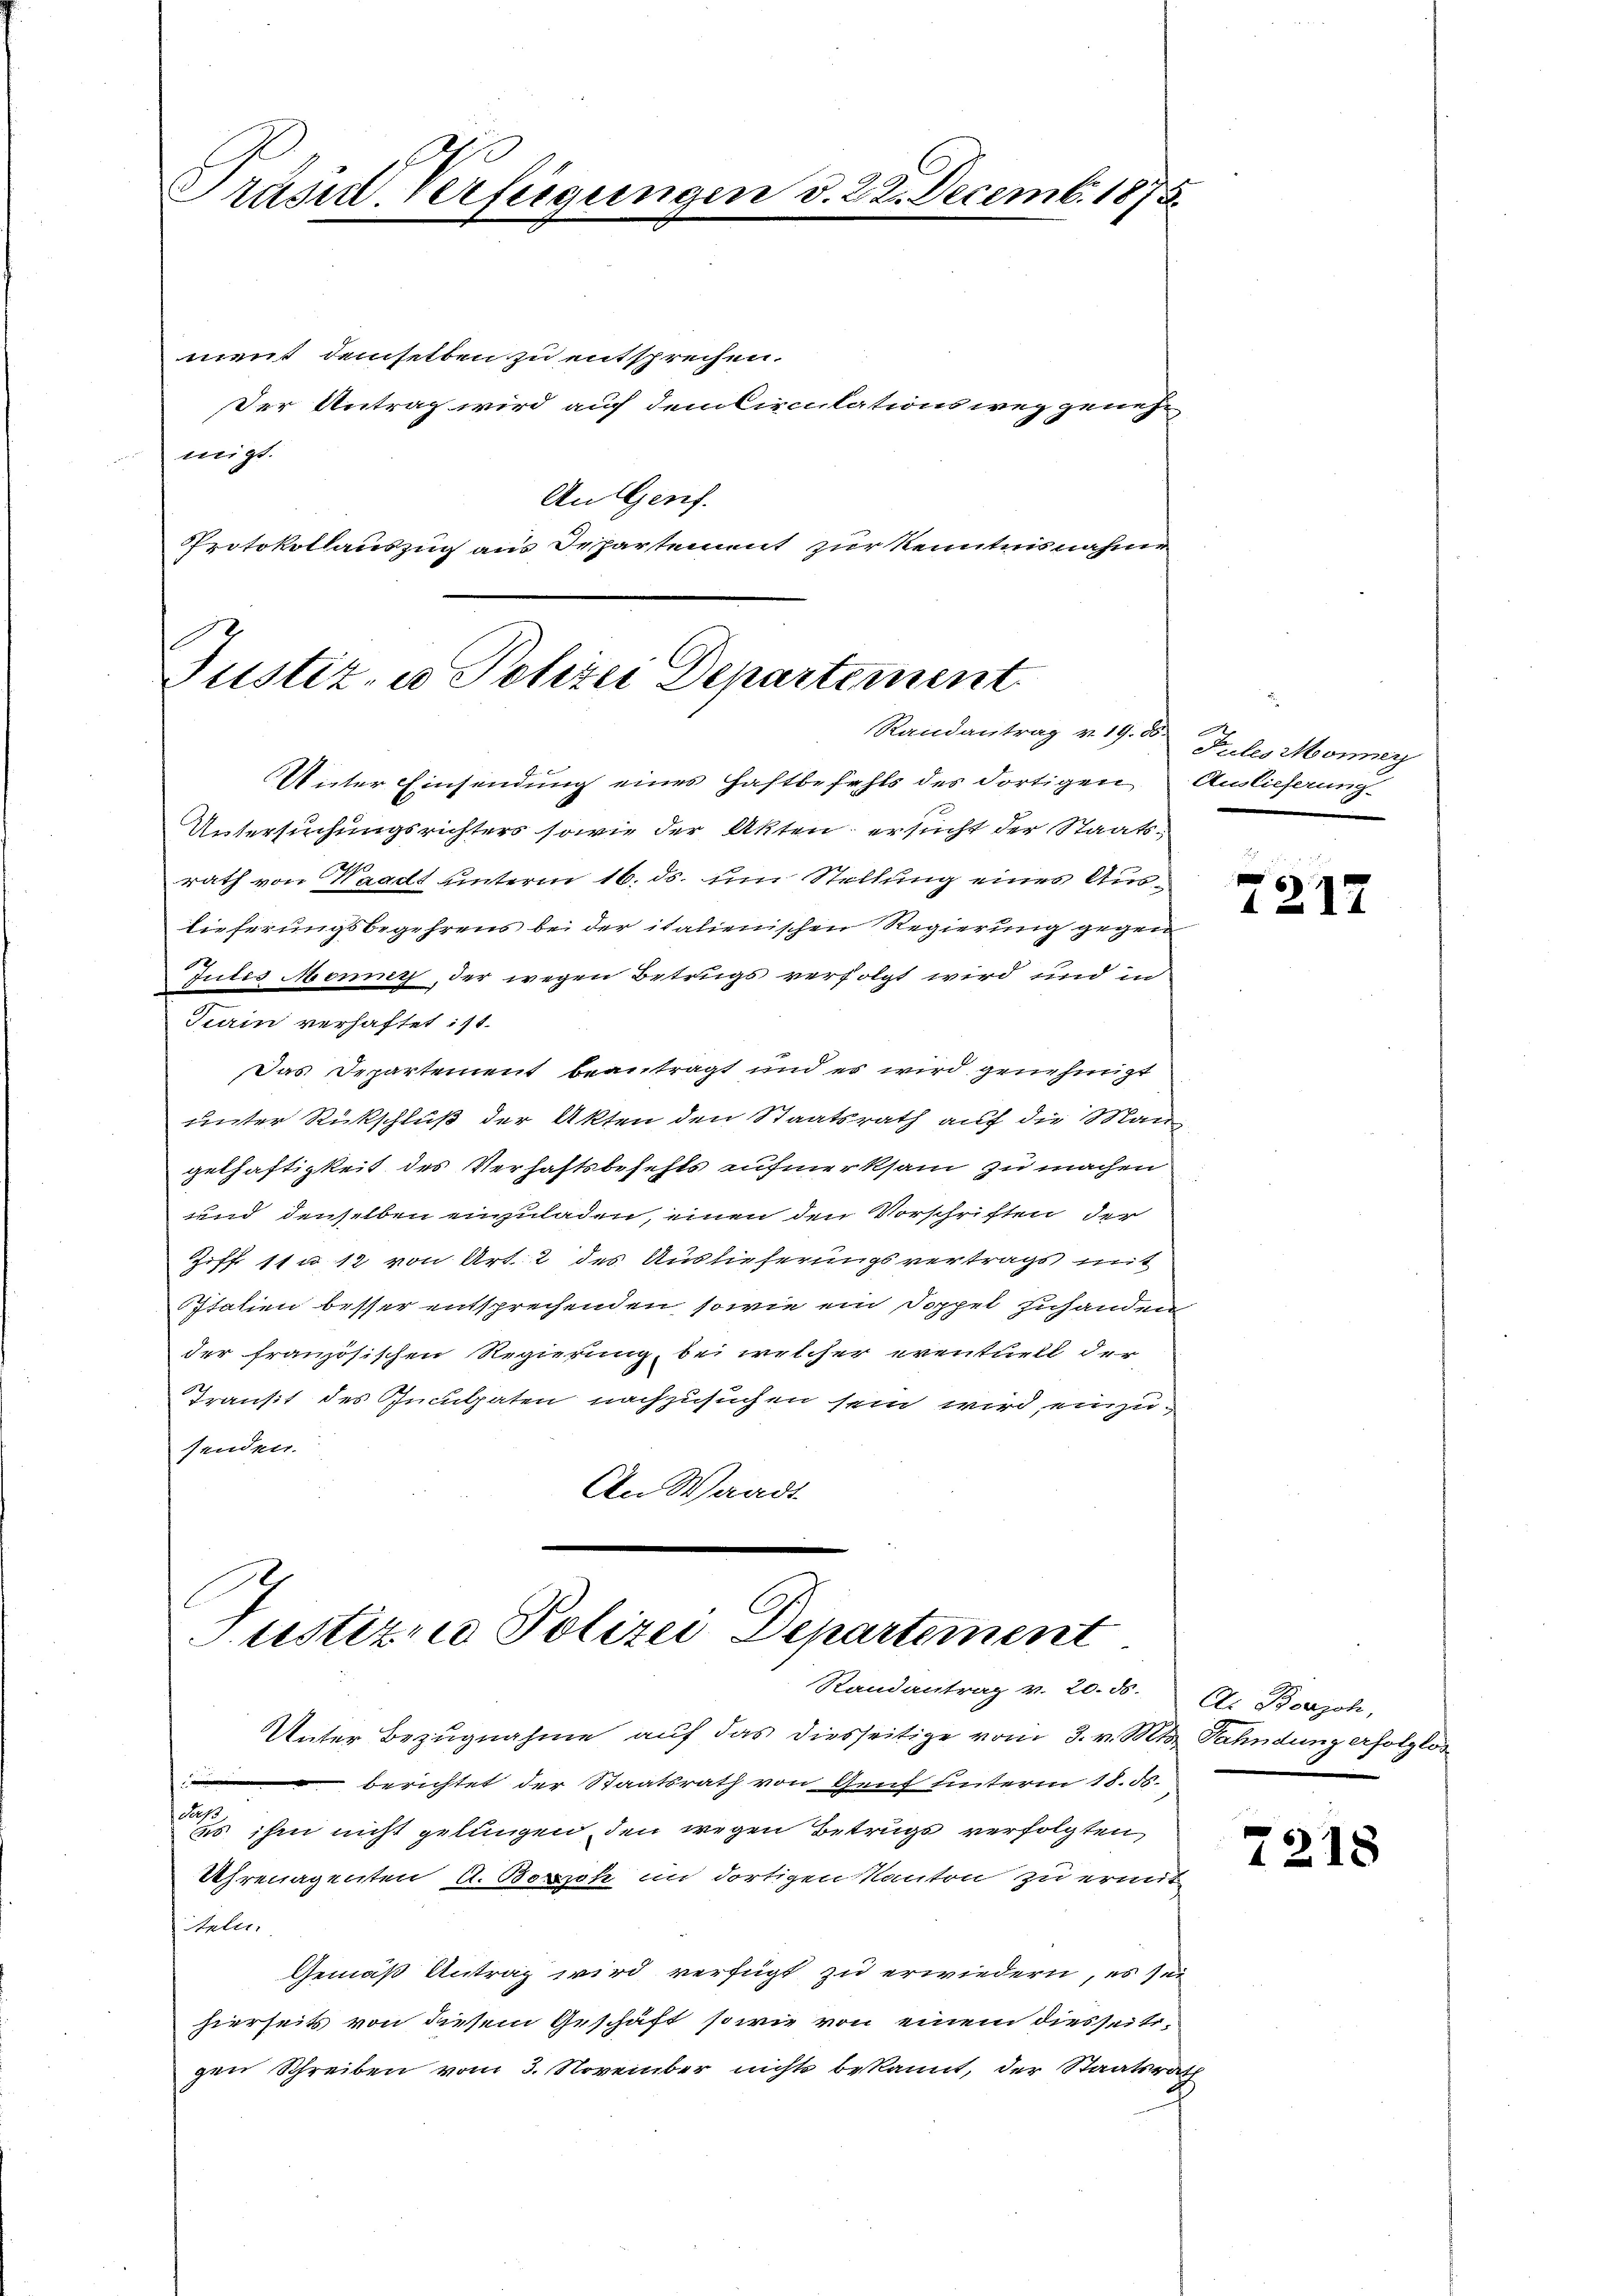
Prasil Verfügungen d. 22. Decemb. 187

ment demselben zu entsprechen.
Der Antrag wird auf demkirculationsweg genehmigt.
An Genf.
Protokollauszug aus Departement zur Kenntnisnahme

Justiz- u Polizei Departement
Randantrag v. 19. ds Pulesionner
Unter Einsendung eines Haftbefehls des dortigen Auslieferung

Justizio Polizei Departement
Randantrag v. 20. ds. A. Bonzoh,

Untersuchungsrichters sowie der Akten ersucht der Staatsr
rath von Waadt unterm 16. ds. um Stellung eines Aus
lieferungsbegehrens bei der italienischen Regierung gegen
Jutes Monny, der wegen Betrugs verfolgt wird und in
Turin verhaftet ist.
Das Departement beantragt und es wird genehmigt
unter Rückschluß der Akten den Staatsrath auf die Man
gelhaftigkeit des Verhaftsbefehls aufmerksam zu machen
und denselben einzuladen, einen den Vorschriften der
Ziff 11 u 12 von Art. 2 des Auslieferungsvertrags mit
Italien besser entsprechenden sowie ein Doppel zuhanden
der französischen Regierung, bei welcher eventuell der
Transit des Inculpaten nachzusuchen sein wird, einzusenden.
An Waadt

Unter Bezugnahme auf das diesseitige vom 3. v. Mts. Fahndung erfolglos
 berichtet der Staatsrath von Genf unterm 18. ds.
cep
s ihm nicht gelungen, den wegen Betrugs verfolgten,
Uhrenagenten A. Bospeh in dortigen Kanton zu ermit
teln.
Gemäß Antrag wird verfügt zu erwiedern, es seihierseits von diesem Geschäft sowie von einem diesseitigen Schreiben vom 3. November nichts bekannt, der Staatsrath

.

2217

7218